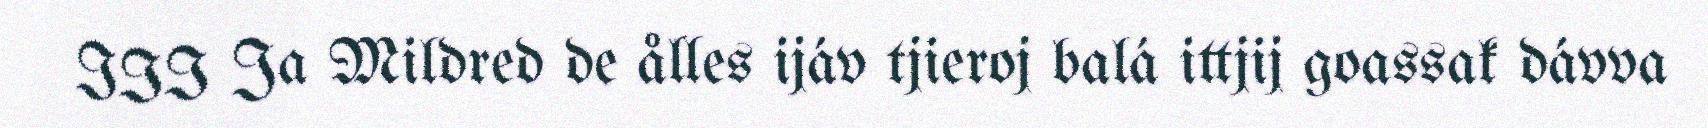
III Ja Mildred de ålles ijáv tjieroj balá ittjij goassak dávva